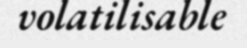
volatilisable